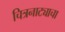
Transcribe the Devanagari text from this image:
चित्रनाट्याचा